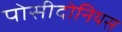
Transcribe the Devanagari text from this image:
पोसीदोनियस